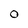
Character: O